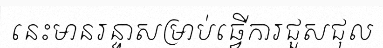
នេះមានរន្ទាសម្រាប់ធ្វើការជួសជុល